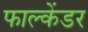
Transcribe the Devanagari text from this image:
फाल्केंडर